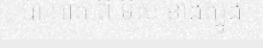
ប៉ា អាត ពី ទិស ខាងត្បូង